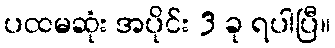
ပထမဆုံး အပိုင်း 3 ခု ရပါပြီ။